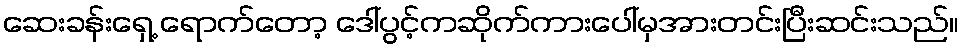
ဆေးခန်းရှေ့ ရောက်တော့ ဒေါ်ပွင့်ကဆိုက်ကားပေါ်မှအားတင်းပြီးဆင်းသည်။